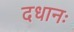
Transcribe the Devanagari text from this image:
दधानः